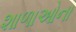
શાળાઓના